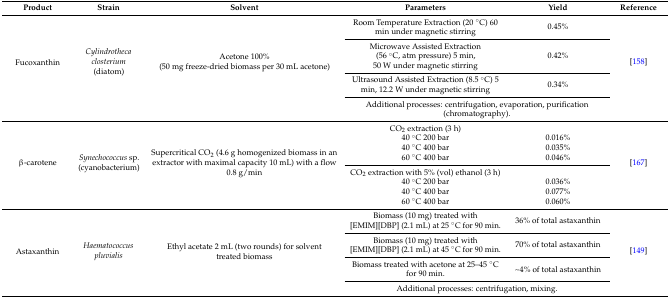
<table><thead><tr><td><b>Product</b></td><td><b>Strain</b></td><td><b>Solvent</b></td><td><b>Parameters</b></td><td><b>Yield</b></td><td><b>Reference</b></td></tr></thead><tbody><tr><td rowspan="4">Fucoxanthin</td><td rowspan="4"><i>Cylindrotheca closterium</i> (diatom)</td><td rowspan="4">Acetone 100% (50 mg freeze-dried biomass per 30 mL acetone)</td><td>Room Temperature Extraction (20 °C) 60 min under magnetic stirring</td><td>0.45%</td><td rowspan="4">[158]</td></tr><tr><td>Microwave Assisted Extraction (56 °C, atm pressure) 5 min, 50 W under magnetic stirring</td><td>0.42%</td></tr><tr><td>Ultrasound Assisted Extraction (8.5 °C) 5 min, 12.2 W under magnetic stirring</td><td>0.34%</td></tr><tr><td colspan="2">Additional processes: centrifugation, evaporation, purification (chromatography).</td></tr><tr><td rowspan="8">β-carotene</td><td rowspan="8"><i>Synechococcus</i> sp. (cyanobacterium)</td><td rowspan="8">Supercritical CO<sub>2</sub> (4.6 g homogenized biomass in an extractor with maximal capacity 10 mL) with a flow 0.8 g/min</td><td>CO<sub>2</sub> extraction (3 h)</td><td></td><td rowspan="8">[167]</td></tr><tr><td>40 °C 200 bar</td><td>0.016%</td></tr><tr><td>40 °C 400 bar</td><td>0.035%</td></tr><tr><td>60 °C 400 bar</td><td>0.046%</td></tr><tr><td>CO<sub>2</sub> extraction with 5% (vol) ethanol (3 h)</td><td></td></tr><tr><td>40 °C 200 bar</td><td>0.036%</td></tr><tr><td>40 °C 400 bar</td><td>0.077%</td></tr><tr><td>60 °C 400 bar</td><td>0.060%</td></tr><tr><td rowspan="4">Astaxanthin</td><td rowspan="4"><i>Haematococcus pluvialis</i></td><td rowspan="4">Ethyl acetate 2 mL (two rounds) for solvent treated biomass</td><td>Biomass (10 mg) treated with [EMIM][DBP] (2.1 mL) at 25 °C for 90 min.</td><td>36% of total astaxanthin</td><td rowspan="4">[149]</td></tr><tr><td>Biomass (10 mg) treated with [EMIM][DBP] (2.1 mL) at 45 °C for 90 min.</td><td>70% of total astaxanthin</td></tr><tr><td>Biomass treated with acetone at 25–45 °C for 90 min.</td><td>~4% of total astaxanthin</td></tr><tr><td colspan="2">Additional processes: centrifugation, mixing.</td></tr></tbody></table>